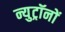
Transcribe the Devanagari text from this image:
न्युट्रॉनों